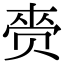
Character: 赍